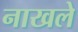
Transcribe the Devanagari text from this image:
नाखले